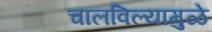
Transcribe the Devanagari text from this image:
चालविल्यामुळे